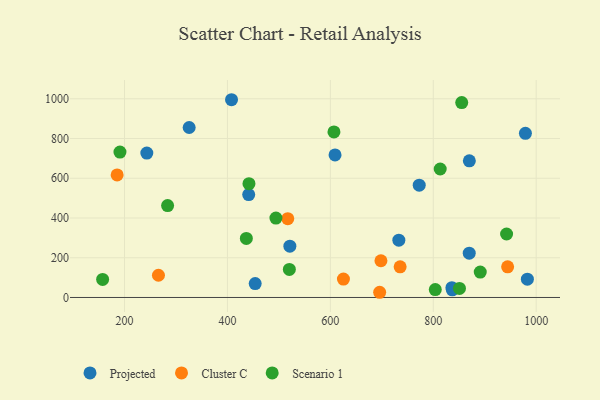
{"axis": {"x": "Experience", "y": "Exam Score"}, "legend": ["Cluster C", "Projected", "Scenario 1"], "data": [{"x": "979.1", "y": 826.3, "type": "Projected"}, {"x": "869.9", "y": 222.8, "type": "Projected"}, {"x": "325.6", "y": 855.5, "type": "Projected"}, {"x": "836.2", "y": 49.4, "type": "Projected"}, {"x": "733.1", "y": 288.6, "type": "Projected"}, {"x": "441.3", "y": 518.0, "type": "Projected"}, {"x": "870.1", "y": 687.6, "type": "Projected"}, {"x": "243.3", "y": 726.9, "type": "Projected"}, {"x": "407.9", "y": 995.2, "type": "Projected"}, {"x": "772.7", "y": 565.4, "type": "Projected"}, {"x": "982.9", "y": 92.2, "type": "Projected"}, {"x": "453.9", "y": 69.9, "type": "Projected"}, {"x": "609.1", "y": 717.4, "type": "Projected"}, {"x": "521.3", "y": 258.4, "type": "Projected"}, {"x": "837.0", "y": 38.7, "type": "Projected"}, {"x": "944.5", "y": 154.5, "type": "Cluster C"}, {"x": "185.6", "y": 616.6, "type": "Cluster C"}, {"x": "735.6", "y": 154.1, "type": "Cluster C"}, {"x": "265.9", "y": 111.9, "type": "Cluster C"}, {"x": "695.8", "y": 26.2, "type": "Cluster C"}, {"x": "698.3", "y": 184.9, "type": "Cluster C"}, {"x": "517.2", "y": 396.7, "type": "Cluster C"}, {"x": "625.4", "y": 92.8, "type": "Cluster C"}, {"x": "813.5", "y": 646.6, "type": "Scenario 1"}, {"x": "494.2", "y": 399.4, "type": "Scenario 1"}, {"x": "855.3", "y": 980.7, "type": "Scenario 1"}, {"x": "441.8", "y": 572.5, "type": "Scenario 1"}, {"x": "891.3", "y": 127.7, "type": "Scenario 1"}, {"x": "191.1", "y": 732.0, "type": "Scenario 1"}, {"x": "803.9", "y": 39.9, "type": "Scenario 1"}, {"x": "607.0", "y": 833.2, "type": "Scenario 1"}, {"x": "850.9", "y": 45.7, "type": "Scenario 1"}, {"x": "436.7", "y": 297.0, "type": "Scenario 1"}, {"x": "942.5", "y": 319.5, "type": "Scenario 1"}, {"x": "520.3", "y": 141.3, "type": "Scenario 1"}, {"x": "283.7", "y": 462.3, "type": "Scenario 1"}, {"x": "157.4", "y": 90.8, "type": "Scenario 1"}]}